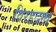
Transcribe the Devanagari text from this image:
विरहदग्ध